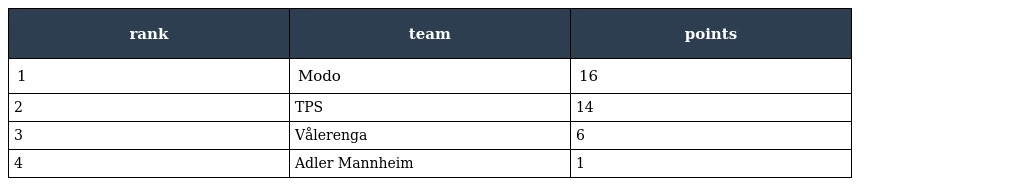
| rank | team | points |
 | --- | --- | --- |
 | 1 | Modo | 16 |
 | 2 | TPS | 14 |
 | 3 | Vålerenga | 6 |
 | 4 | Adler Mannheim | 1 |